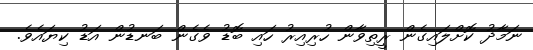
ނަމާދު ކޮށްލައިގެން ރީތިވާން ހުރިއިރު ހައި ބޮޑު ވެގެން ބަނޑުން އަޑު ކިޔައެވެ.